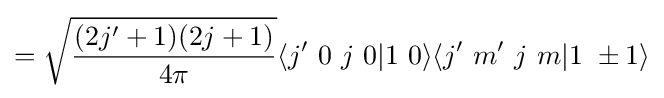
={\sqrt {\frac {(2j^{\prime }+1)(2j+1)}{4\pi }}}\langle {j^{\prime }~0~j~0}\vert {1~0}\rangle \langle {j^{\prime }~m^{\prime }~j~m}\vert {1~\pm 1}\rangle